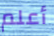
أعلم